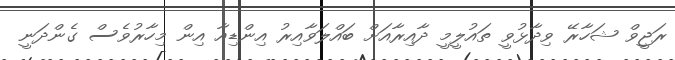
ރަޖީވް ޝަހާރޭ ވިދާޅުވީ ތައުލީމީ ދާއިރާއަށް ބައްލަވާއިރު އިންޑިއާ އިން މިހާރުވެސް ގެންދަނީ